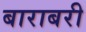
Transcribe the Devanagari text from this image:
बाराबरी